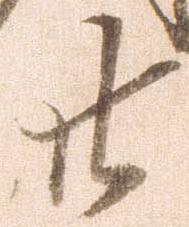
廿